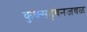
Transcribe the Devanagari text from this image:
कुक्सहेवनजवळ